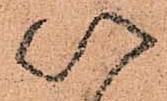
以